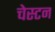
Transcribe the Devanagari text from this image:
चेस्टन